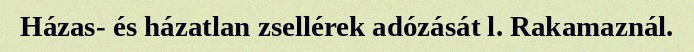
Házas- és házatlan zsellérek adózását l. Rakamaznál.